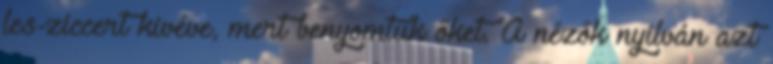
les-ziccert kivéve, mert benyomtuk őket. A nézők nyilván azt